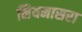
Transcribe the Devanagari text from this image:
नियमासरा